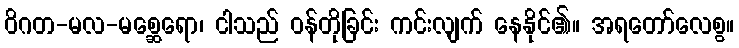
ဝိဂတ-မလ-မစ္ဆေရော၊ ငါသည် ဝန်တိုခြင်း ကင်းလျက် နေနိုင်၏။ အရတော်လေစွ။